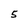
Character: 5